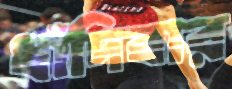
ধাঁদিবার